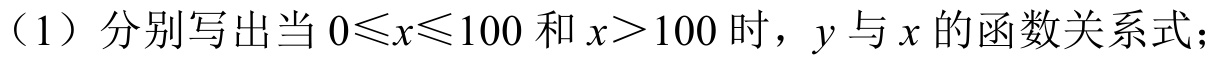
(1) 分别写出当 \(0\leqslant x\leqslant100\) 和 \(x > 100\) 时，\(y\) 与 \(x\) 的函数关系式；